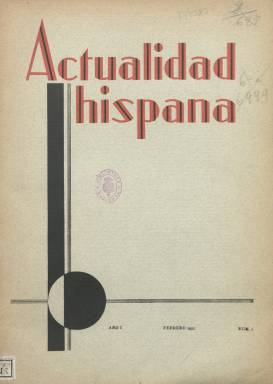
Título: Actualidad hispana
Colección: Revistas de información general
Ámbito geográfico: Madrid
Lugar de publicación: Madrid
Fechas: 01/02/1931-31/12/1935

Revista mensual dedicada a la economía en sus vertientes financiera, corporativa, industrial, comercial, minera, agrícola, postal, marítima, aérea, de transportes terrestres, urbanos y ferroviarios y turística, entre otras, fundada, dirigida y de propiedad del ingeniero de Caminos Canales y Puertos Manuel María Arrillaga y López Puigcerver (1882-1969), que en 1923 había sido gentilhombre de Alfonso XIII y durante la dictadura franquista llegará a ocupar altos puestos administrativos relativos a reconstrucciones, carreteras y obras públicas. Sus entregas tendrán paginación variable, aunque, generalmente, en torno al medio centenar de páginas, compuestas a dos columnas y estampadas en papel cuché, y con cubierta. La primera aparece en febrero de 1931, y su colección en la Biblioteca Nacional de España alcanza hasta el número 59, de diciembre de 1935. Va ilustrada con fotografías de retratos de personalidades y otras relativas a los asuntos que trata, además de algunos mapas y croquis. Así mismo abunda en ella la publicidad de empresas industriales, fundiciones, entidades financieras, sociedades mineras, de maquinaria, materiales de construcción, de petróleos o exportadoras, así como de compañías ferroviarias, como fue la de Ferrocarriles de Madrid a Zaragoza y Alicante (MZA), de la que Arrillaga llegó a ser también director adjunto, siendo también catedrático de Química y Materiales de Construcción.

Cada entrega comienza con la sección que, bajo el epígrafe Hispanos ilustres, ofrece el retrato y semblanza de personajes de la época, no sólo del mundo de la economía, la industria, las comunicaciones o de la Administración, si no del mundo científico e intelectual, pues comienza con la del director general de la citada compañía ferroviaria MZA, para seguir con la del entonces director de la Biblioteca Nacional de España, Miguel Artigas, o las de Juan Espina Capo, José Ortega y Gasset y la de Apeles Mestres, cuyos textos, generalmente, firma su colaborador con el nombre de M. White.

Otra sección se denomina Crónica, en la que se relatan diversos asuntos económicos, financieros o de comercio, e incluso otros relacionados con temas eclesiásticos, y que lleva la firma de M.R. Blanco-Belmonte; así como las de Actualidades y Noticias breves. Además de estadísticas, inserta también pequeños artículos de variada temática, todos ellos sobre asuntos económicos, industriales, de comercio o agrícolas, entre otros, como son los titulados Las causas de la prosperidad francesa, firmado por J. Pérez Bances; Intereses nacionales, la explotación, problema vital de nuestra industria, firmado por J. La Cruz; La enseñanza de oficios agrícolas, por el ingeniero Agrónomo José María de Soroa; o Estabilización, por el director del Banco de Cataluña, Francisco Recasens Mercadé.

Otros textos se refieren al Congreso Internacional de Carreteras, La obra de España en América, La necesidad de establecer cooperativas lecheras, Expansión comercial de España, El comercio de importación de automóviles o El paro de los obreros del campo; y entre otros colaboradores contó también con Juan Gavilán, J. Pérez de Seoane, José María de Soroa, Antonio Gómez Restrepo, Mariano Zapico o Luis López Rendueles. A partir de enero de 1933, la revista estará dirigida por el ingeniero militar y geógrafo José María Cubillo. La revista pretendió ser “reflejo de la situación económico-industrial” de la producción española, ofreciendo “adelantos” en los sectores del “trabajo nacional”, “estimulando medidas de técnica, de elaboración y expansión”, según se indica en su artículo de presentación, y dedica atención también a la parte normativa y legal, en concreto del sector ferroviario.